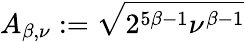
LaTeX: A_{\beta,\nu}:=\sqrt{2^{5\beta-1}\nu^{\beta-1}}